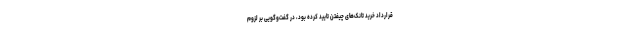
قرارداد خرید تانک‌های چیفتن تایید کرده بود، در گفت‌وگویی بر لزوم